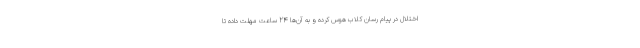
اختلال در پیام رسان کلاب هوس کرده و به آن‌ها 24 ساعت مهلت داده تا